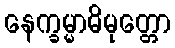
နေက္ခမ္မာဓိမုတ္တော